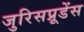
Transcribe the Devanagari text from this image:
जुरिसप्रूडेंस